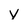
Character: V